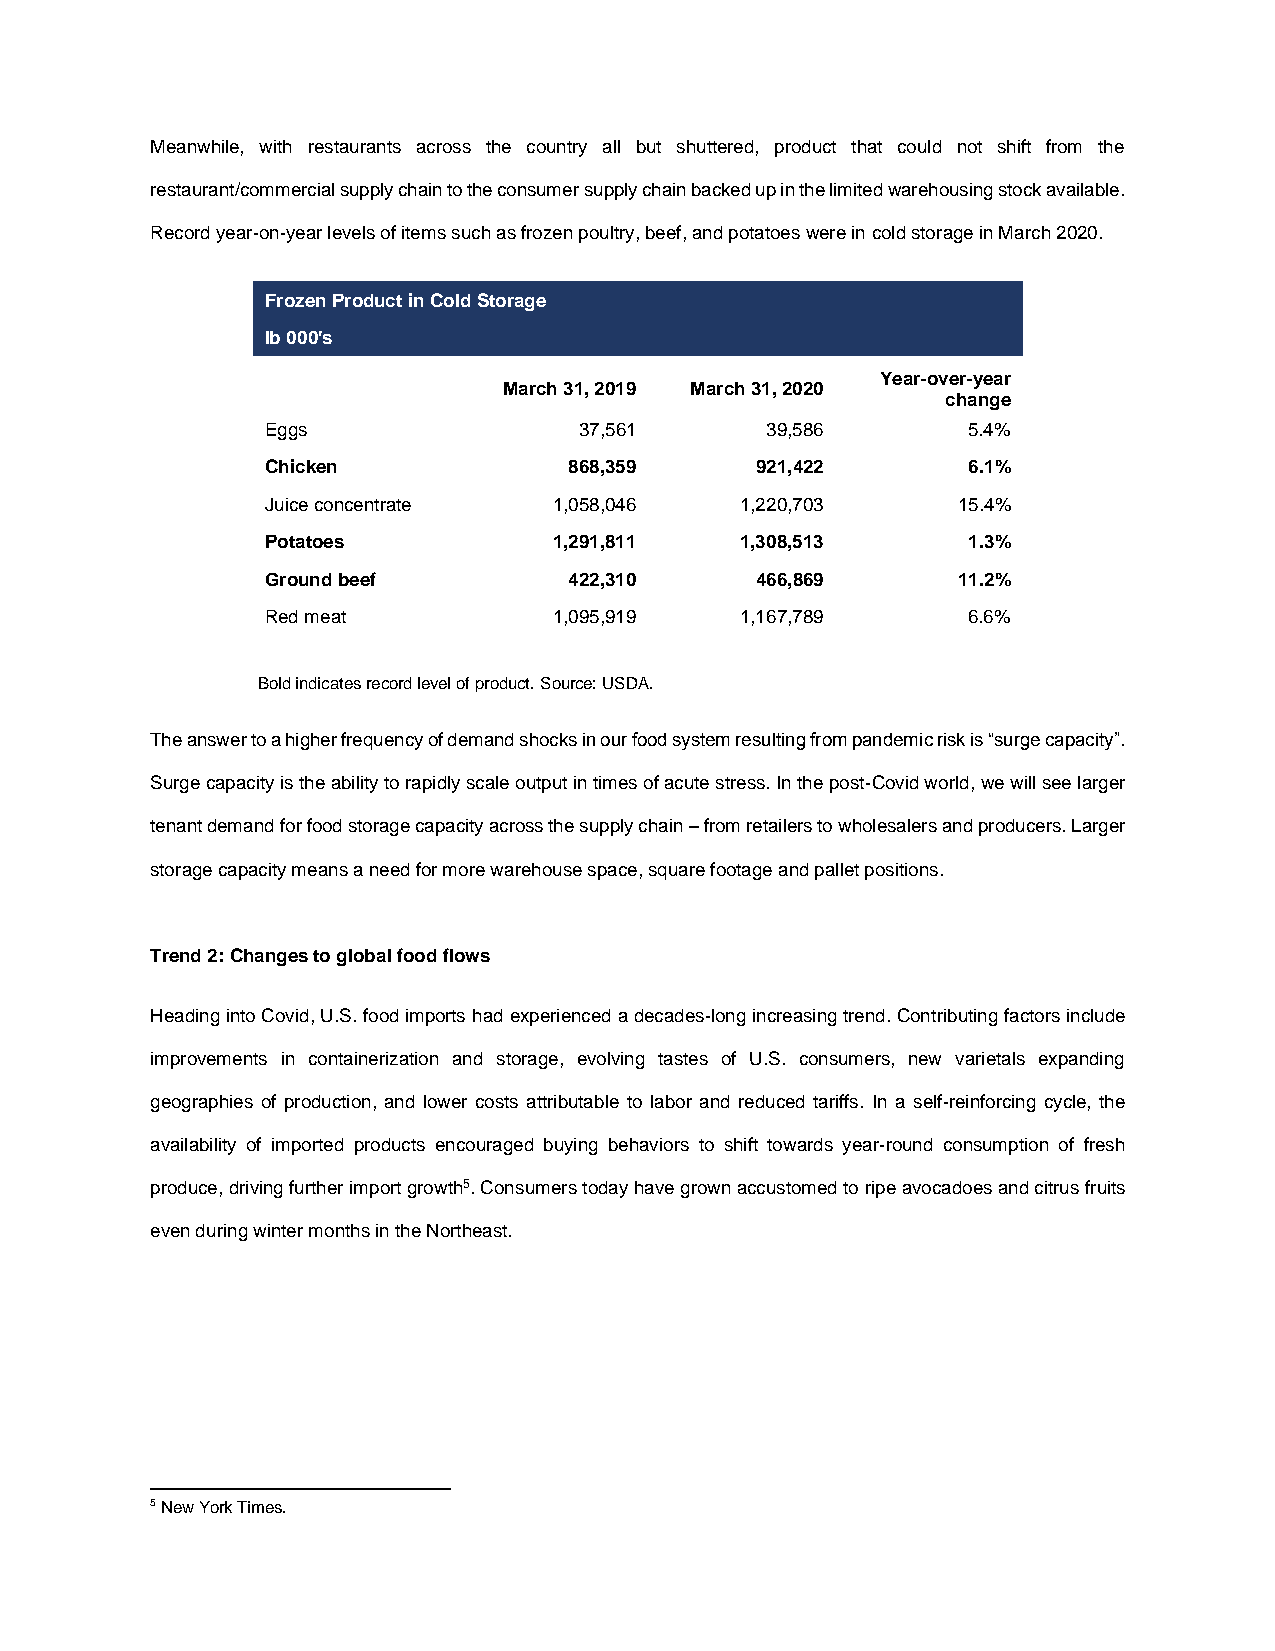
Meanwhile, with restaurants across the country all but shuttered, product that could not shift from the
 restaurant/commercial supply chain to the consumer supply chain backed up in the limited warehousing stock available.
 Record year-on-year levels of items such as frozen poultry, beef, and potatoes were in cold storage in March 2020.
 Frozen Product in Cold Storage
 lb 000's
 Year-over-year
 March 31, 2019 March 31, 2020
 change
 Eggs                37,561       39,586       5.4%
 Chicken             868,359     921,422       6.1%
 Juice concentrate  1,058,046   1,220,703     15.4%
 Potatoes           1,291,811   1,308,513      1.3%
 Ground beef         422,310     466,869      11.2%
 Red meat           1,095,919   1,167,789      6.6%
 Bold indicates record level of product. Source: USDA.
 The answer to a higher frequency of demand shocks in our food system resulting from pandemic risk is “surge capacity”.
 Surge capacity is the ability to rapidly scale output in times of acute stress. In the post-Covid world, we will see larger
 tenant demand for food storage capacity across the supply chain – from retailers to wholesalers and producers. Larger
 storage capacity means a need for more warehouse space, square footage and pallet positions.
 Trend 2: Changes to global food flows
 Heading into Covid, U.S. food imports had experienced a decades-long increasing trend. Contributing factors include
 improvements in containerization and storage, evolving tastes of U.S. consumers, new varietals expanding
 geographies of production, and lower costs attributable to labor and reduced tariffs. In a self-reinforcing cycle, the
 availability of imported products encouraged buying behaviors to shift towards year-round consumption of fresh
 produce, driving further import growth5. Consumers today have grown accustomed to ripe avocadoes and citrus fruits
 even during winter months in the Northeast.
 5 New York Times.